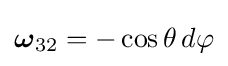
{\boldsymbol {\omega }}_{32}=-\cos \theta \,d\varphi